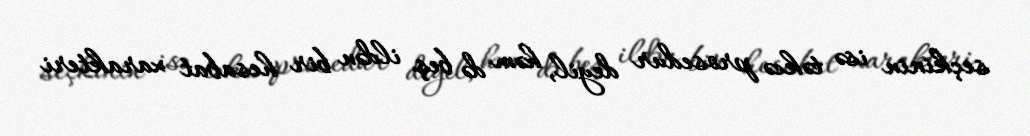
seçkinin isə təkcə prosedur deyil, həm də beş ildən bir hesabat xarakteri